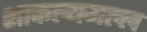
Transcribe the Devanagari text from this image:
शाकल्यमल्ल